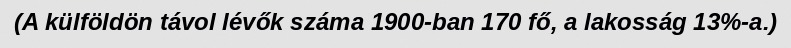
(A külföldön távol lévők száma 1900-ban 170 fő, a lakosság 13%-a.)